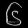
Digit: ၆